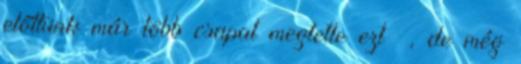
előttünk már több csapat megtette ezt –, de még